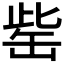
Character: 𦈬